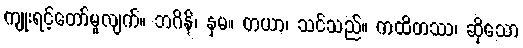
ကျုးရင့်တော်မူလျက်။ ဘဂိနိ၊ နှမ။ တယာ၊ သင်သည်။ ကထိတဿ၊ ဆိုသော